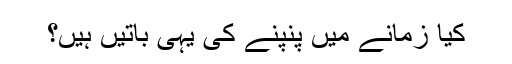
کیا زمانے میں پنپنے کی یہی باتیں ہیں؟